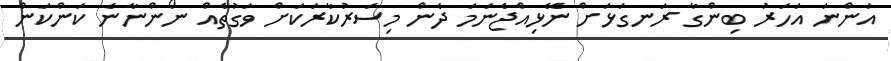
އަންނަ އަހަރު ބިންގާ ރަނގަޅަށް ނޭޅިއްޖެނަމަ ދެން މިސަރުކާރަކަށް ވަގުތެއް ނޯންނާނެ ކަންކަން